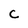
Character: C